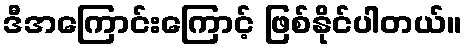
ဒီအကြောင်းကြောင့် ဖြစ်နိုင်ပါတယ်။